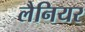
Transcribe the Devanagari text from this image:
लैनियर